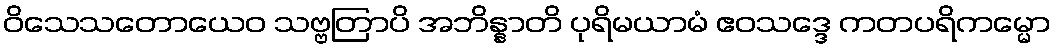
ဝိသေသတောယေဝ သဗ္ဗတြာပိ အဘိန္နာတိ ပုရိမယာမံ ဧဝသဒ္ဒေ ကတပရိကမ္မော